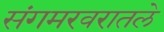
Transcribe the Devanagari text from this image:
संगमरवरातले